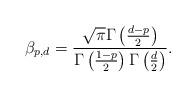
LaTeX: \begin{align*}\beta_{p,d} = \frac{\sqrt{\pi}\Gamma\left(\frac{d-p}{2}\right)}{\Gamma\left(\frac{1-p}{2}\right)\Gamma\left(\frac{d}{2}\right)}.\end{align*}